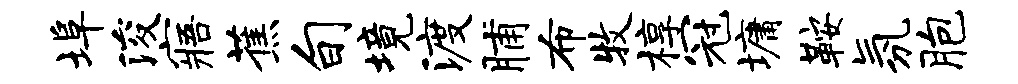
埠浚寤蕉旬境渡脯布牧椁冠墉鞍氛胞